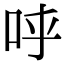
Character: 𠰜